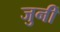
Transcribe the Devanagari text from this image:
जुनीं